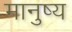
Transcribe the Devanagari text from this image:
मानुष्य